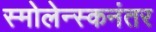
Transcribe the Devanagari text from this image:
स्मोलेन्स्कनंतर